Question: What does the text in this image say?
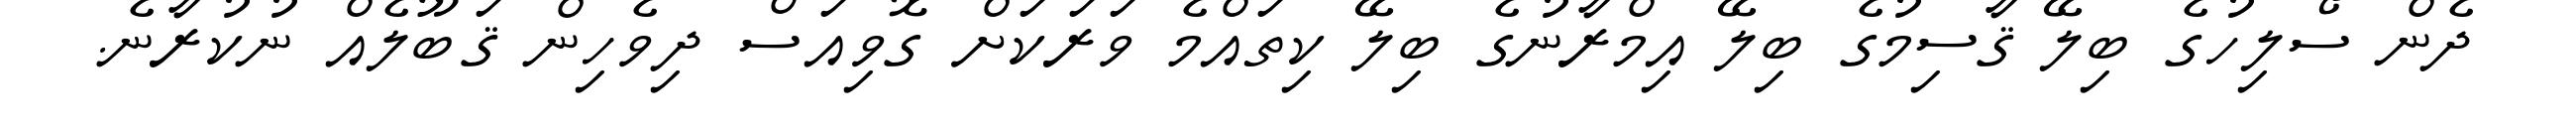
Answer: ދެން ސޯލިހުގެ ބިލޭ ޤާސިމުގެ ބިލޭ އިމްރާނުގެ ބިލޭ ކިތައްމެ ވަރަކަށް ގޮވިއަސް ދިވެހިން ޤަބޫލެއް ނުކުރާނެ.